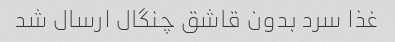
غذا سرد بدون قاشق چنگال ارسال شد